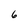
Character: 6